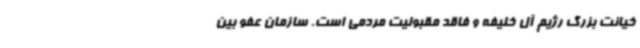
خیانت بزرگ رژیم آل خلیفه و فاقد مقبولیت مردمی است. سازمان عفو بین